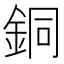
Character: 銅